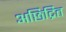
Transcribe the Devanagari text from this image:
अछिद्रित